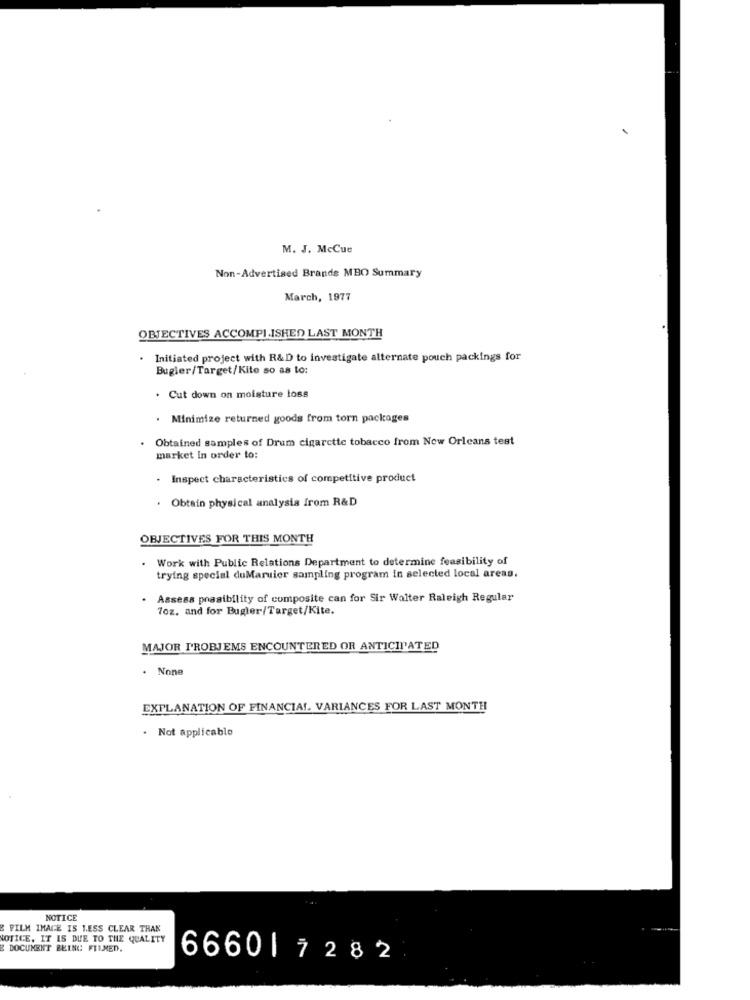
M. J. McCue
Non-Advertised Brands MBO Summary
March, 1977
OBJECTIVES ACCOMPLISHED LAST MONTH
. Initiated project with R&D to investigate alternate pouch packings for
Bugler/Target/Kite so as to:
. Cut down on moisture loss
. Minimize returned goods from torn packages
Obtained samples of Drum cigarette tobacco from New Orleans test
market In order to:
· Inspect characteristics of competitive product
Obtain physical analysis from R&D
OBJECTIVES FOR THIS MONTH
Work with Public Relations Department to determine feasibility of
trying special duMaruier sampling program in selected local areas.
Assess possibility of composite can for Sir Walter Raleigh Regular
7oz. and for Bugler/Target/Kite.
MAJOR PROBJEMS ENCOUNTERED OR ANTICIPATED
. None
EXPLANATION OF FINANCIAL. VARIANCES FOR LAST MONTH
. Not applicable
NOTICE
FILM IMAGE IS LESS CLEAR TRAK
NOTICE. IT IS DUE TO THE QUALITY
E DOCUMENT BEING FILMED.
66601 7282